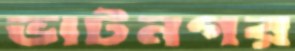
ভাটনগর